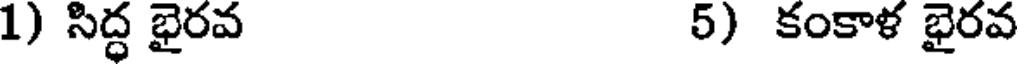
1) సిద్ధ భైరవ 5) కంకాళ భైరవ